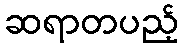
ဆရာတပည့်